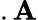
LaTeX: .\mathbf{A}